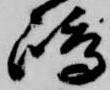
嶋